Insane asylums Bombay 1873-77 - 1873-1877
Year: 1873
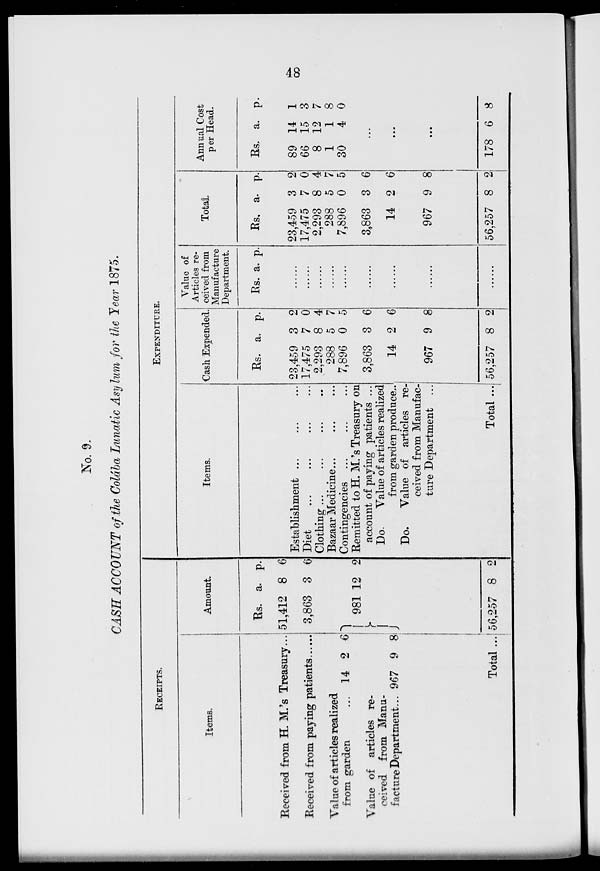
48
No. 9.
CASH ACCOUNT of the Colába Lunatic Asylum for the Year 1875.
RECEIPTS.
Items.
Received from H. M.'s Treasury...
Received from paying patients .....
Value of articles realized
from garden ...
Value of articles re-
ceived from Manu-
facture Department...
14
967
2
9
6
8
Total...
Amount.
Rs.
51,412
3,863
981
a.
8
3
12
p.
6
6
2
56,257 8 2
EXPENDITURE.
Items.
Establishment ... ... ...
Diet ... ... ... ...
Clothing ... ... ... ...
Bazaar Medicine ... ... ...
Contingencies ... ... ...
Remitted to H. M.'s Treasury on
account of paying patients ...
Do.
Value of articles realized
from garden produce ..
Do.
Value of articles re-
ceived from Manufac-
ture Department ...
Total ...
Cash Expended.
Rs. a.
p.
23,459
17,475
2,293
288
7,896
3,863
14
967
56,257
3
7
8
5
0
3
2
9
8
2
0
4
7
5
6
6
8
2
Value of
Articles re-
ceived from
Manufacture
Department.
Rs. a. p.
.......
.......
.......
.......
.......
.......
.......
.......
.......
Total.
Rs. a. p.
23,459
17,475
2,293
288
7,896
3,863
14
967
56,257
3
7
8
5
0
3
2
9
8
2
0
4
7
5
6
6
8
2
Annual Cost
per Head.
Rs. a. p.
89
66
8
1
30
14
15
12
1
4
1
3
7
8
0
...
...
...
178 6 8